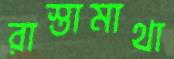
রাস্তামাথা